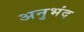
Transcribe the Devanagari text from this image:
अनुभंद